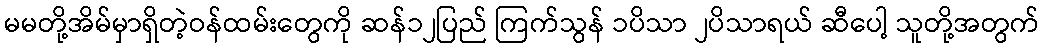
မမတို့အိမ်မှာရှိတဲ့ဝန်ထမ်းတွေကို ဆန်၁၂ပြည် ကြက်သွန် ၁ပိသာ ၂ပိသာရယ် ဆီပေါ့ သူတို့အတွက်